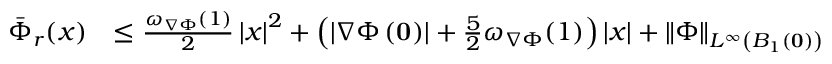
\begin{array} { r l } { \Bar { \Phi } _ { r } ( x ) } & { \le \frac { \omega _ { \nabla \Phi } ( 1 ) } { 2 } \left| x \right| ^ { 2 } + \left( \left| \nabla \Phi \left( \mathbf { 0 } \right) \right| + \frac { 5 } { 2 } \omega _ { \nabla \Phi } ( 1 ) \right) \left| x \right| + \left\| \Phi \right\| _ { L ^ { \infty } \left( B _ { 1 } \left( \mathbf { 0 } \right) \right) } } \end{array}